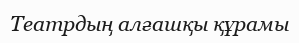
Театрдың алғашқы құрамы